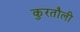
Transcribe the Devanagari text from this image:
कुरतौली